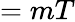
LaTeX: =mT